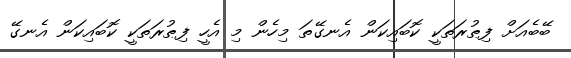
ބޭބެއަށް ފިޠުރަތަކީ ކޮބައިކަން އެނގޭތަ މިހެން މި އެހީ ފިޠުރަތަކީ ކޮބައިކަން އެނގޭ